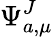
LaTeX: \Psi_{a,\mu}^{J}